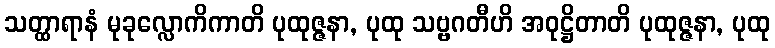
သတ္ထာရာနံ မုခုလ္လောကိကာတိ ပုထုဇ္ဇနာ, ပုထု သဗ္ဗဂတီဟိ အဝုဋ္ဌိတာတိ ပုထုဇ္ဇနာ, ပုထု